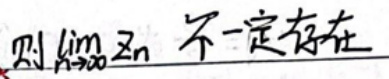
则$\lim\limits_{n \to \infty} x_{n}$不一定存在